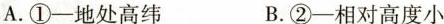
A.①一地处高纬 B.②一相对高度小